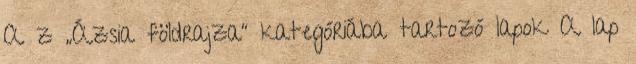
A z „Ázsia földrajza” kategóriába tartozó lapok A lap